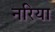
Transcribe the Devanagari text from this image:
नरिया